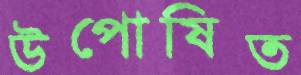
উপোষিত